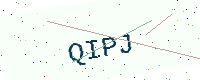
Text: QIPJ